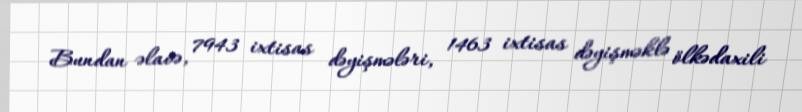
Bundan əlavə, 7943 ixtisas dəyişmələri, 1463 ixtisas dəyişməklə ölkədaxili